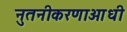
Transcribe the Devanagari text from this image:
नुतनीकरणाआधी